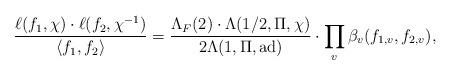
LaTeX: \begin{align*} \frac{\ell(f_1,\chi)\cdot \ell(f_2,\chi^{-1})}{\langle f_1,f_2\rangle}=\frac{\Lambda_F(2)\cdot\Lambda(1/2,\Pi,\chi)}{2\Lambda(1,\Pi,{\rm ad})}\cdot\prod_v\beta_v(f_{1,v},f_{2,v}),\end{align*}